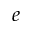
e